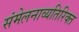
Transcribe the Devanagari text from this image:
संमेलनाव्यतिरिक्त